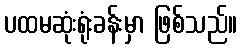
ပထမဆုံးရုံးခန်းမှာ ဖြစ်သည်။